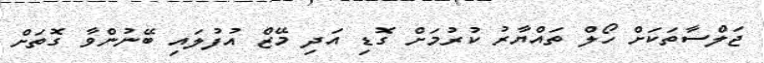
ޖަލްސާތަކަށް ހޯލް ތައްޔާރު ކުރުމަށް ގޮޑި އަދި މޭޒް އުފުލައި ބޭނުންވާ ގޮތަށް